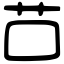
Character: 𦬅